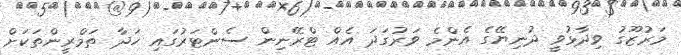
މަރުޒޫގު ވިދާޅުވީ ދުނިޔޭގެ އެންމެ ވަރުގަދަ އެއް ޓްރޭނިން ސެންޓަރުގައި ހަދާ ތަމްރީންތަކަށް